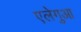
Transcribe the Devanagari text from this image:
एलेगुआ